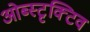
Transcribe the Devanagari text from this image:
ओब्स्टृक्टिव